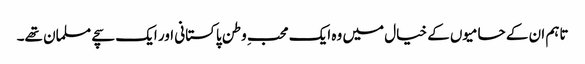
تاہم ان کے حامیوں کے خیال میں وہ ایک محبِ وطن پاکستانی اور ایک سچے مسلمان تھے۔